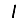
Digit: 1